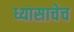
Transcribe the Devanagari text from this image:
ध्यासाचेच